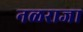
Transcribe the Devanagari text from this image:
नळराजा